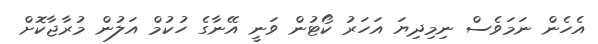
އެހެން ނަމަވެސް ނިމިދިޔަ އަހަރު ކޯޓުން ވަނީ އޭނާގެ ހުކުމް އަލުން މުރާޖާކޮށް